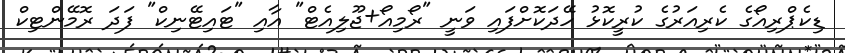
ޑިކެޕްރިއޯގެ ކެރިއަރުގެ ކުރީކޮޅު ހޭދަކޮށްފައި ވަނީ "ރޯމިއޯ+ޖޫލިއެޓް" އާއި "ޓައިޓޭނިކް" ފަދަ ރޮމޭންޓިކް